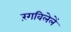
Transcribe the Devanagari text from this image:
रंगविलेलें